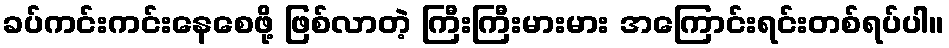
ခပ်ကင်းကင်းနေစေဖို့ ဖြစ်လာတဲ့ ကြီးကြီးမားမား အကြောင်းရင်းတစ်ရပ်ပါ။